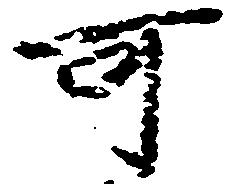
可